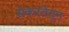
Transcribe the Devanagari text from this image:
संकरतेतून